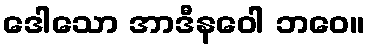
ဒေါသော အာဒီနဝေါ ဘဝေ။